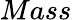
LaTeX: Mass